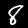
Label: 8